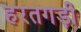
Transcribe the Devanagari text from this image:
हरतगड़ी